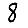
Digit: 8